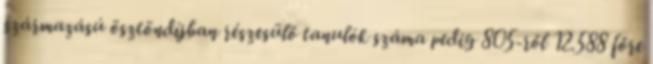
származású ösztöndíjban részesülő tanulók száma pedig 805-ről 12.588 főre